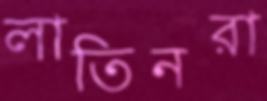
লাতিনরা